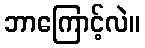
ဘာကြောင့်လဲ။